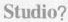
Studio?